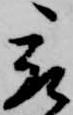
被